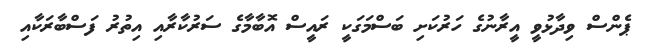
ޕެންސް ވިދާޅުވީ އީރާނުގެ ހަރުކަށި ބަސްމަގަކީ ރައީސް އޮބާމާގެ ސަރުކާރާއި އިތުރު ފަސްބާރަކާއި